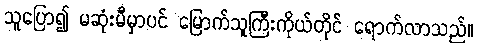
သူပြော၍ မဆုံးမီမှာပင် မြောက်သူကြီးကိုယ်တိုင် ရောက်လာသည်။